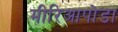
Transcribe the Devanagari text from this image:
मीरिआपोडा